Mobilization store table India
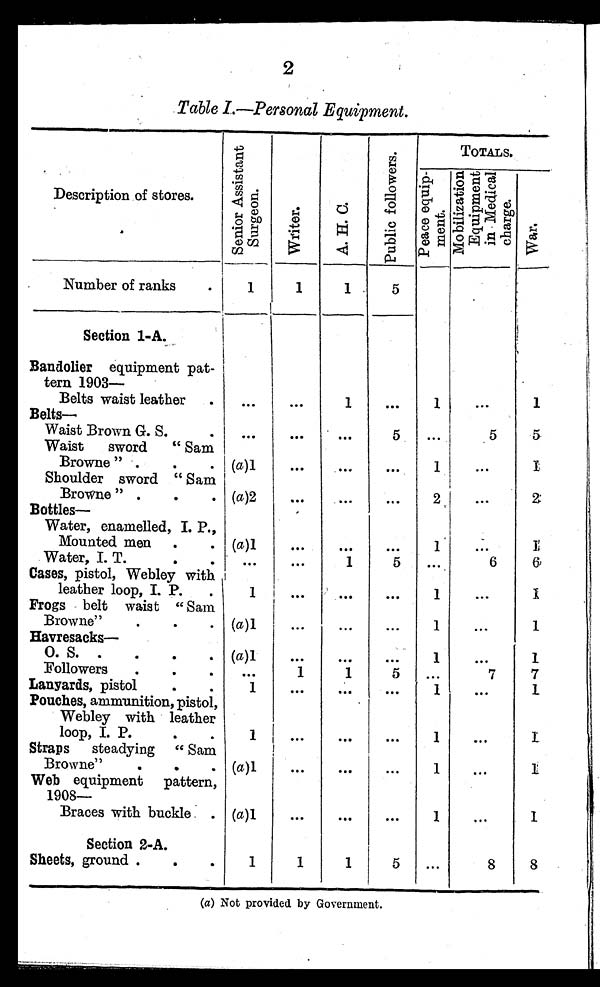
2
Table 1.—Personal Equipment.
Description of stores.
S e n i o r
A s s i s t a n t
S u r g e o n .
Wr i t er .
A. H. C.
P u b l i c f o l l o w e r s .
TOTALS.
M o b i l i z a t i o n E q u i p m e n t i n m e d i c a l c h a r g e .
War.
P e a c e e q u i p me n t
_
Number of ranks
.
1
1
1
5
Section 1-A.
Bandolier equipment pat-
tern 1903—
Belts waist leather •
...
...
1
. . .
1
. . .
1
Belts—
Waist Brown G. S.
•
. . .
. . .
. . .
5
...
5
5
Waist sword
" Sam
Browne " .
.
. (a)1
...
...
. . .
1
. . .
1
Shoulder sword " Sam
Browne " .
.
.
( a ) 2
. . .
. . . ...
2
. . .
2
Bottles
Water, enamelled, I. P.,
Mounted men .
. (a)1
. . .
. . . ...
1
. . .
1
Water, I. T.
.
.
. . .
...
1
5
. . .
6
6
Cases, pistol, Webley with
leather loop, I. P.
.
1
. . .
. . .
. . .
1
. . .
1
Frogs belt waist " Sam
Browne"
.
.
. (a )1
...
...
...
1
. . .
1
Havresacks—
O. S. .
.
.
. (a)1
...
. . . ...
1
...
1
Followers
.
.
.
. . .
1
1
5
. . .
7
7
Lanyards, pistol
.
.
1
. . .
. . .
. . .
1
. . .
1
Pouches, ammunition, pistol,
Webley with leather
loop, I. P.
.
.
1
. . . .
. . . .
. . .
1
...
1
Straps steadying " Sam
Browne"
.
.
. (a)1
...
. . . ...
1
...
1
Web equipment pattern,
1 9 0 8 —
Braces with buckle . (a)1
...
. . . ...
1
...
1
Section 2-A.
Sheets, ground .
.
.
1
1
1
5
...
8
8
(a) Not provided by Government.